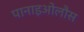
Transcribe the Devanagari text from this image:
पानाइओलौस